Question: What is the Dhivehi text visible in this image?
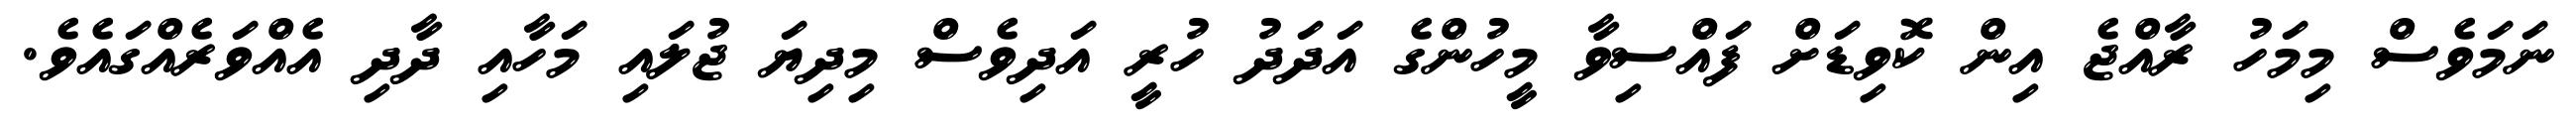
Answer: ނަމަވެސް މިމަހު ރާއްޖެ އިން ކޮވިޑަށް ފައްސިވާ މީހުންގެ އަދަދު ހުރީ އަދިވެސް މިދިޔަ ޖުލައި މަހާއި ދާދި އެއްވަރެއްގައެވެ.